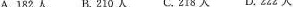
A.182人 B.210人 C.218人 D.222人